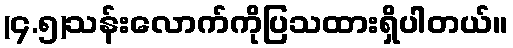
(၄.၅)သန်းလောက်ကိုပြသထားရှိပါတယ်။